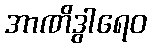
အာဏိဒွါရေဝ